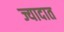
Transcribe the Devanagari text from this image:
ज्यादात